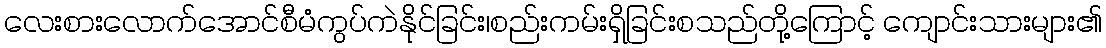
လေးစားလောက်အောင်စီမံကွပ်ကဲနိုင်ခြင်း၊စည်းကမ်းရှိခြင်းစသည်တို့ကြောင့် ကျောင်းသားများ၏